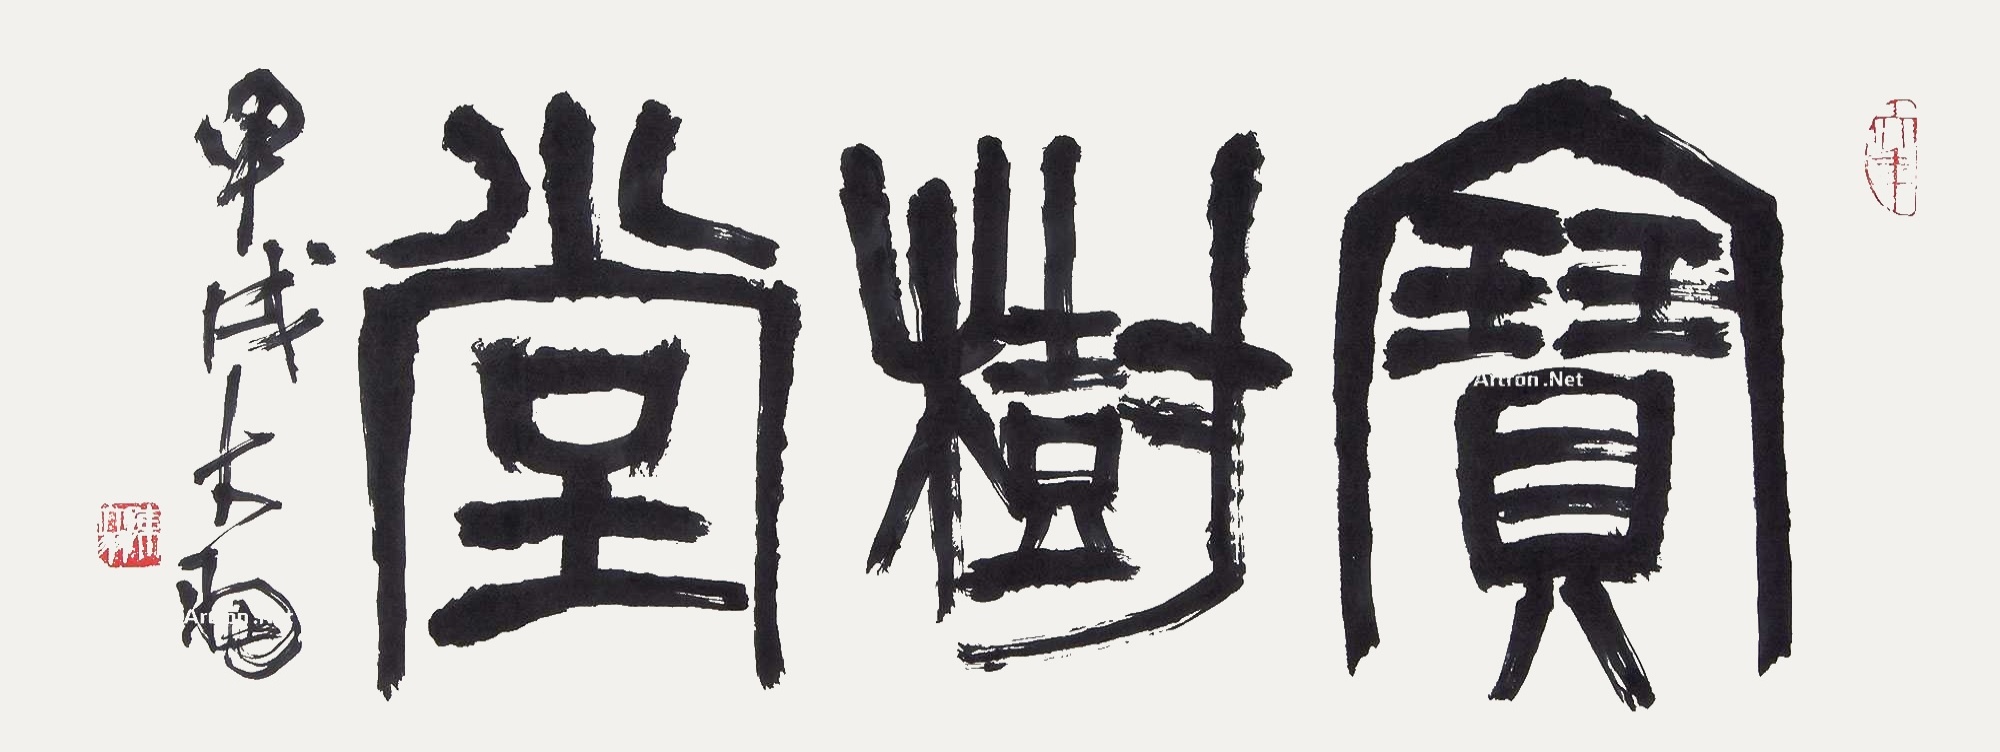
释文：宝树堂。甲戊，大羽。